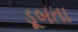
ડૂબતા